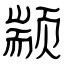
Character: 颛